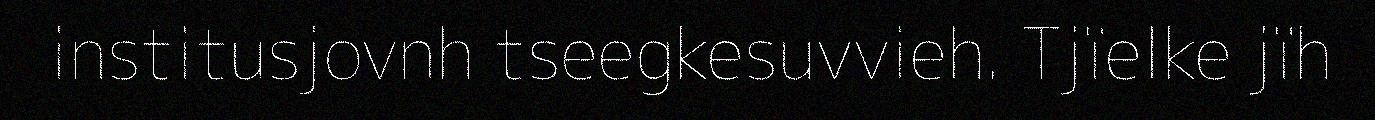
institusjovnh tseegkesuvvieh. Tjïelke jïh